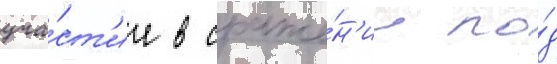
уча́ст'ие в сраже́н'ии по́д